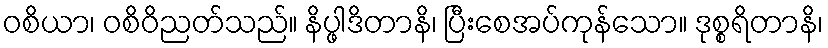
ဝစိယာ၊ ဝစိဝိညတ်သည်။ နိပ္ဖါဒိတာနိ၊ ပြီးစေအပ်ကုန်သော။ ဒုစ္စရိတာနိ၊